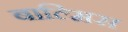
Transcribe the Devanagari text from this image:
बाल्मिस